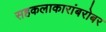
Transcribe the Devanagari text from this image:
सहकलाकारांबरोबर